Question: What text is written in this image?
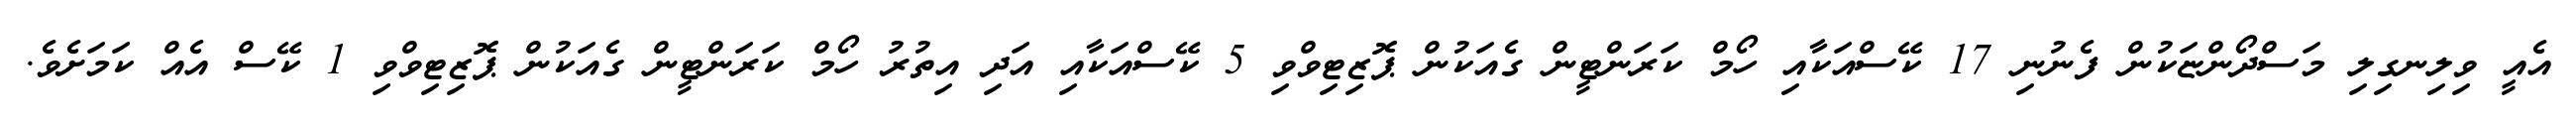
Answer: އެއީ ވިލިނގިލި މަސްދޯންޏަކުން ފެނުނި 17 ކޭސްއަކާއި ހޯމް ކަރަންޓީން ގެއަކުން ޕޮޒިޓިވްވި 5 ކޭސްއަކާއި އަދި އިތުރު ހޯމް ކަރަންޓީން ގެއަކުން ޕޮޒިޓިވްވި 1 ކޭސް އެއް ކަމަށެވެ.